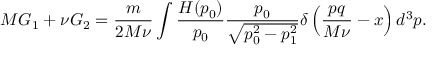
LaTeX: M G _ { 1 } + \nu G _ { 2 } = \frac m { 2 M \nu } \int \frac { H ( p _ { 0 } ) } { p _ { 0 } } \frac { p _ { 0 } } { \sqrt { p _ { 0 } ^ { 2 } - p _ { 1 } ^ { 2 } } } \delta \left( \frac { p q } { M \nu } - x \right) d ^ { 3 } p .